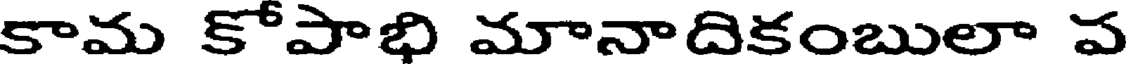
కామ కోపాభి మానాదికంబులా ప